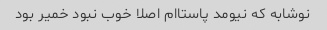
نوشابه که نیومد پاستاام اصلا خوب نبود خمیر بود